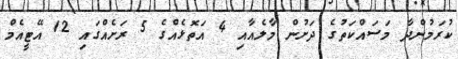
ކުރަމުންދާ މަސައްކަތުގެ ދަށުން މާލެއާއި 4 އަތޮޅެއްގެ 5 ރަށެއްގައި 12 އޭޓީއެމް